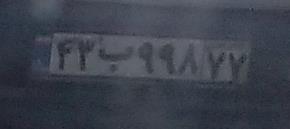
۴۳ب۹۹۸۷۷